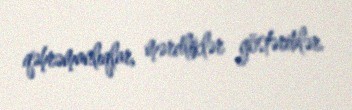
qəhrəmanlıqlar, mərdliklər göstəriblər.